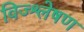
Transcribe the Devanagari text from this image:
विज्श्लेषण